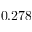
0 . 2 7 8